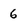
Character: 6